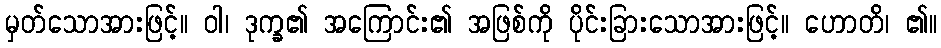
မှတ်သောအားဖြင့်။ ဝါ၊ ဒုက္ခ၏ အကြောင်း၏ အဖြစ်ကို ပိုင်းခြားသောအားဖြင့်။ ဟောတိ၊ ၏။